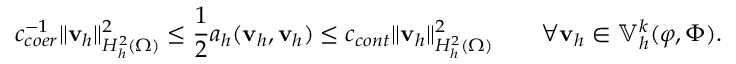
c _ { c o e r } ^ { - 1 } \| \mathbf { v } _ { h } \| _ { H _ { h } ^ { 2 } ( \Omega ) } ^ { 2 } \le \frac 1 2 a _ { h } ( \mathbf { v } _ { h } , \mathbf { v } _ { h } ) \le c _ { c o n t } \| \mathbf { v } _ { h } \| _ { H _ { h } ^ { 2 } ( \Omega ) } ^ { 2 } \qquad \forall \mathbf { v } _ { h } \in \mathbb { V } _ { h } ^ { k } ( \boldsymbol { \varphi } , \Phi ) .